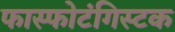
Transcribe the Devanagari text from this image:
फास्फोटंगिस्टक